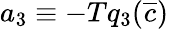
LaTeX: a_{3}\equiv-Tq_{3}(\overline{{c}})